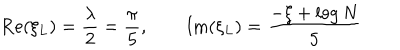
\textrm { R e } ( \xi _ { L } ) = { \frac { \lambda } { 2 } } = { \frac { \pi } { 5 } } , \qquad \textrm { I m } ( \xi _ { L } ) = \frac { - \xi + \log N } { 5 }